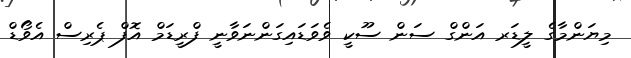
މިޔަންމާގެ ލީޑަރ އަންގް ސަން ސޫކީ ވެވަޑައިގަންނަވާނީ ފްރީޑަމް އޮފް ޕެރިސް އެވޯޑް